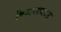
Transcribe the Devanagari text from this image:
केमारवाड़